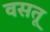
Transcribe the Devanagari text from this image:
वसतू